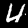
Digit: 4